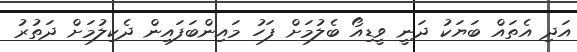
އަދި އެތައް ބަޔަކު ދަނީ ވީޑިއޯ ބެލުމަށް ފަހު މައިންބަފައިން ދެކިލުމަށް ދަތުރު